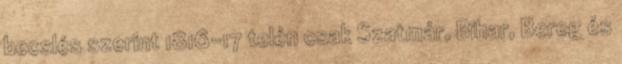
becslés szerint 1816-17 telén csak Szatmár, Bihar, Bereg és